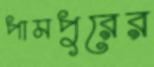
পামপুরের